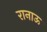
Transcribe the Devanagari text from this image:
रानाऊ